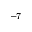
^ { - 7 }